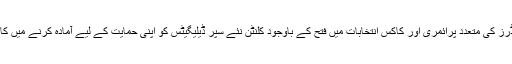
مئی میں سینڈرز کی متعدد پرائمری اور کاکس انتخابات میں فتح کے باوجود کلنٹن نئے سپر ڈیلیگیٹس کو اپنی حمایت کے لیے آمادہ کرنے میں کامیاب ہوگئیں۔